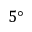
5 \textdegree